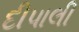
દીપાલી